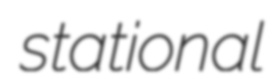
stational